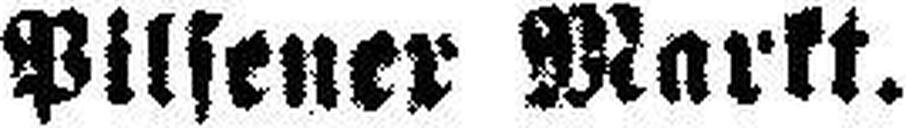
Pilsener Markt.